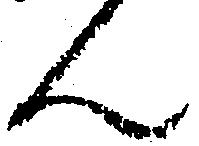
ん